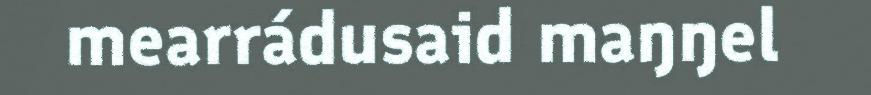
mearrádusaid maŋŋel